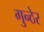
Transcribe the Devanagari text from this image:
गुन्ठेर